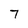
Character: 7